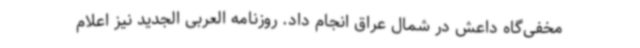
مخفی‌گاه داعش در شمال عراق انجام داد. روزنامه العربی الجدید نیز اعلام